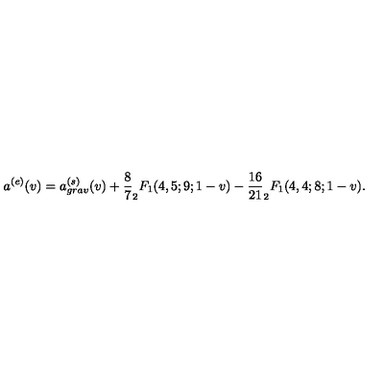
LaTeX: a ^ { ( e ) } ( v ) = a _ { g r a v } ^ { ( s ) } ( v ) + \frac { 8 } { 7 } _ { 2 } F _ { 1 } ( 4 , 5 ; 9 ; 1 - v ) - \frac { 1 6 } { 2 1 } _ { 2 } F _ { 1 } ( 4 , 4 ; 8 ; 1 - v ) .